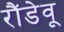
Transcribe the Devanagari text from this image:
रौंडेवू